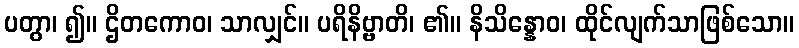
ပတွာ၊ ၍။ ဌိတကောဝ၊ သာလျှင်။ ပရိနိဗ္ဗာတိ၊ ၏။ နိသိန္နောဝ၊ ထိုင်လျက်သာဖြစ်သော။